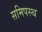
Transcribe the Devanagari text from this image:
समिपस्थ